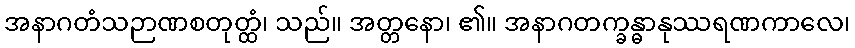
အနာဂတံသဉာဏစတုတ္ထံ၊ သည်။ အတ္တနော၊ ၏။ အနာဂတက္ခန္ဓာနုဿရဏကာလေ၊